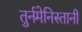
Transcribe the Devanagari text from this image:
तुर्नमेनिस्तानी